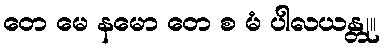
တေ မေ နမော တေ စ မံ ပါလယန္တု။